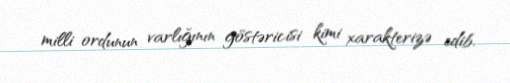
milli ordunun varlığının göstəricisi kimi xarakterizə edib.